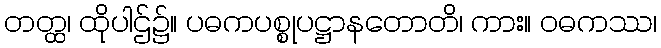
တတ္ထ၊ ထိုပါဌ်၌။ ပဓကပစ္စုပဋ္ဌာနတောတိ၊ ကား။ ဝဓကဿ၊